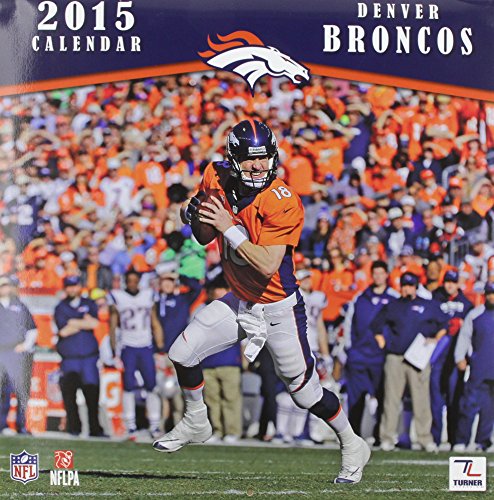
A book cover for Denver Broncos Calendar; Calendars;